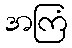
အကြံ